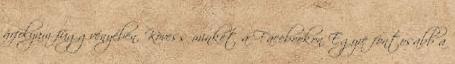
árfolyam függvényében. Kövess minket a Facebookon Egyre fontosabb a